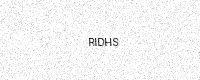
Text: RIDHS